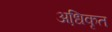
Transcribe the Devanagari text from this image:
अधि़कृत